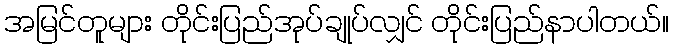
အမြင်တူများ တိုင်းပြည်အုပ်ချုပ်လျှင် တိုင်းပြည်နာပါတယ်။